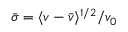
\bar { \sigma } = \langle v - \bar { v } \rangle ^ { 1 / 2 } / v _ { 0 }